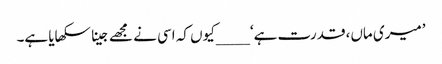
’میری ماں، قدرت ہے‘ ____کیوں کہ اسی نے مجھے جینا سکھایا ہے۔